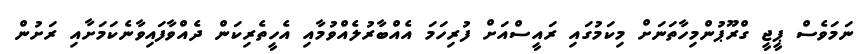
ނަމަވެސް ޕީޖީ ގްރޫޕުންމިހާތަނަށް މިކަމުގައި ރައީސްއަށް ފުރިހަމަ އެއްބާރުލެއްވުމާއި އެހީތެރިކަންް ދެއްވާފައިވާނެކަމަށާއި ރަށުން